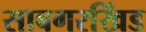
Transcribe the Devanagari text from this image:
साबगरखिंड